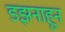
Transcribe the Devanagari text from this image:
डझनाहून